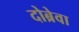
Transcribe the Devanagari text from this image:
दोब्रेवा